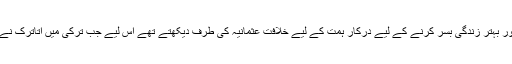
ڈاکٹر اوزجان کا مؤقف ہے کہ برصغیر کے مسلمان چونکہ اپنے اقتدار کو مضبوط کرنے اور بہتر زندگی بسر کرنے کے لیے درکار ہمت کے لیے خلافتِ عثمانیہ کی طرف دیکھتے تھے اس لیے جب ترکی میں اتاترک نے سلطنتِ عثمانیہ کو باضابطہ ختم کیا تب سب سے زیادہ دکھ برصغیر کے مسلمانوں کو ہوا۔